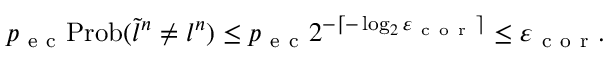
p _ { \mathrm { ~ e ~ c ~ } } \mathrm { P r o b } ( \tilde { l } ^ { n } \neq l ^ { n } ) \leq p _ { \mathrm { ~ e ~ c ~ } } 2 ^ { - \left\lceil - \log _ { 2 } \varepsilon _ { \mathrm { ~ c ~ o ~ r ~ } } \right\rceil } \leq \varepsilon _ { \mathrm { ~ c ~ o ~ r ~ } } .